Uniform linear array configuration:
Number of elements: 8
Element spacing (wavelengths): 1
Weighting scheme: hamming
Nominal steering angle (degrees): -60
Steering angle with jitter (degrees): -60.34
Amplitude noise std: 0.05
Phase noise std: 0.05

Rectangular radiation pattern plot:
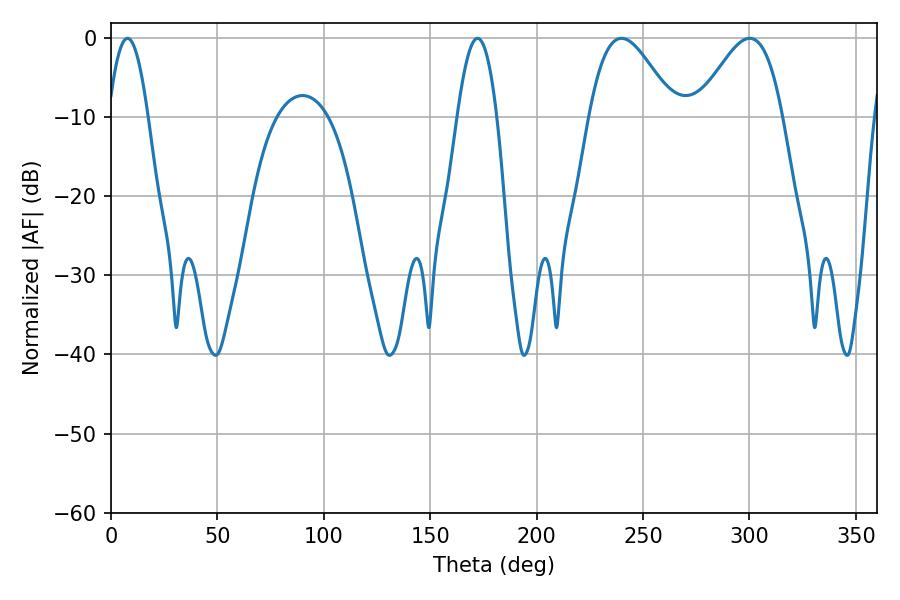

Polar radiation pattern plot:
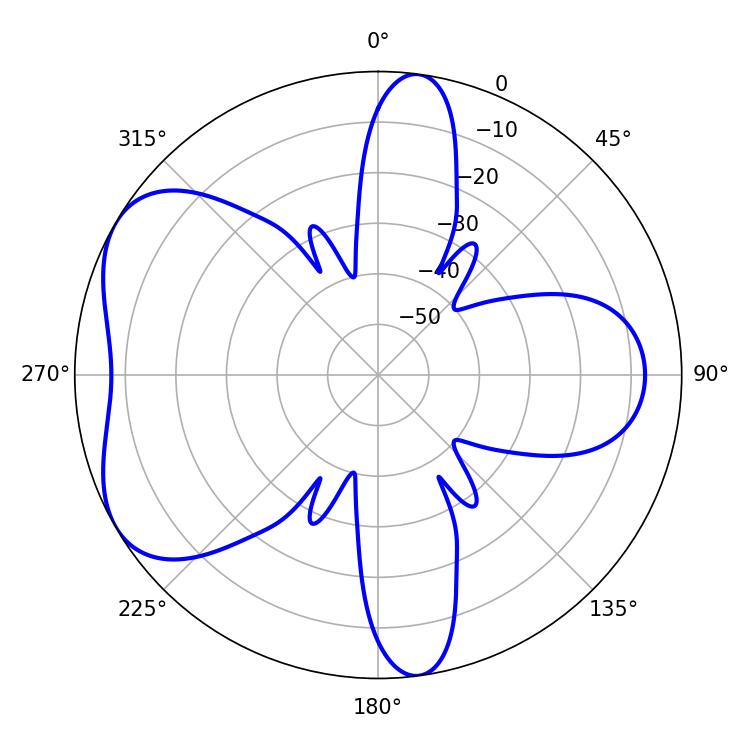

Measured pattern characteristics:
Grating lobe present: TRUE
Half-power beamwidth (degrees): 10.26
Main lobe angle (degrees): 172.26